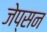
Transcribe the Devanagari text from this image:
जेप्सन